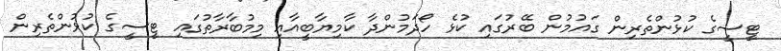
ޓީސީގެ ކުޅުންތެރިން ގައުމުން ބޭރުގައި ކުޅެ ހޯދަމުންދާ ކާމިޔާބީއާއި މިމުބާރާތުގައި ޓީސީގެ ކުޅުންތެރިން